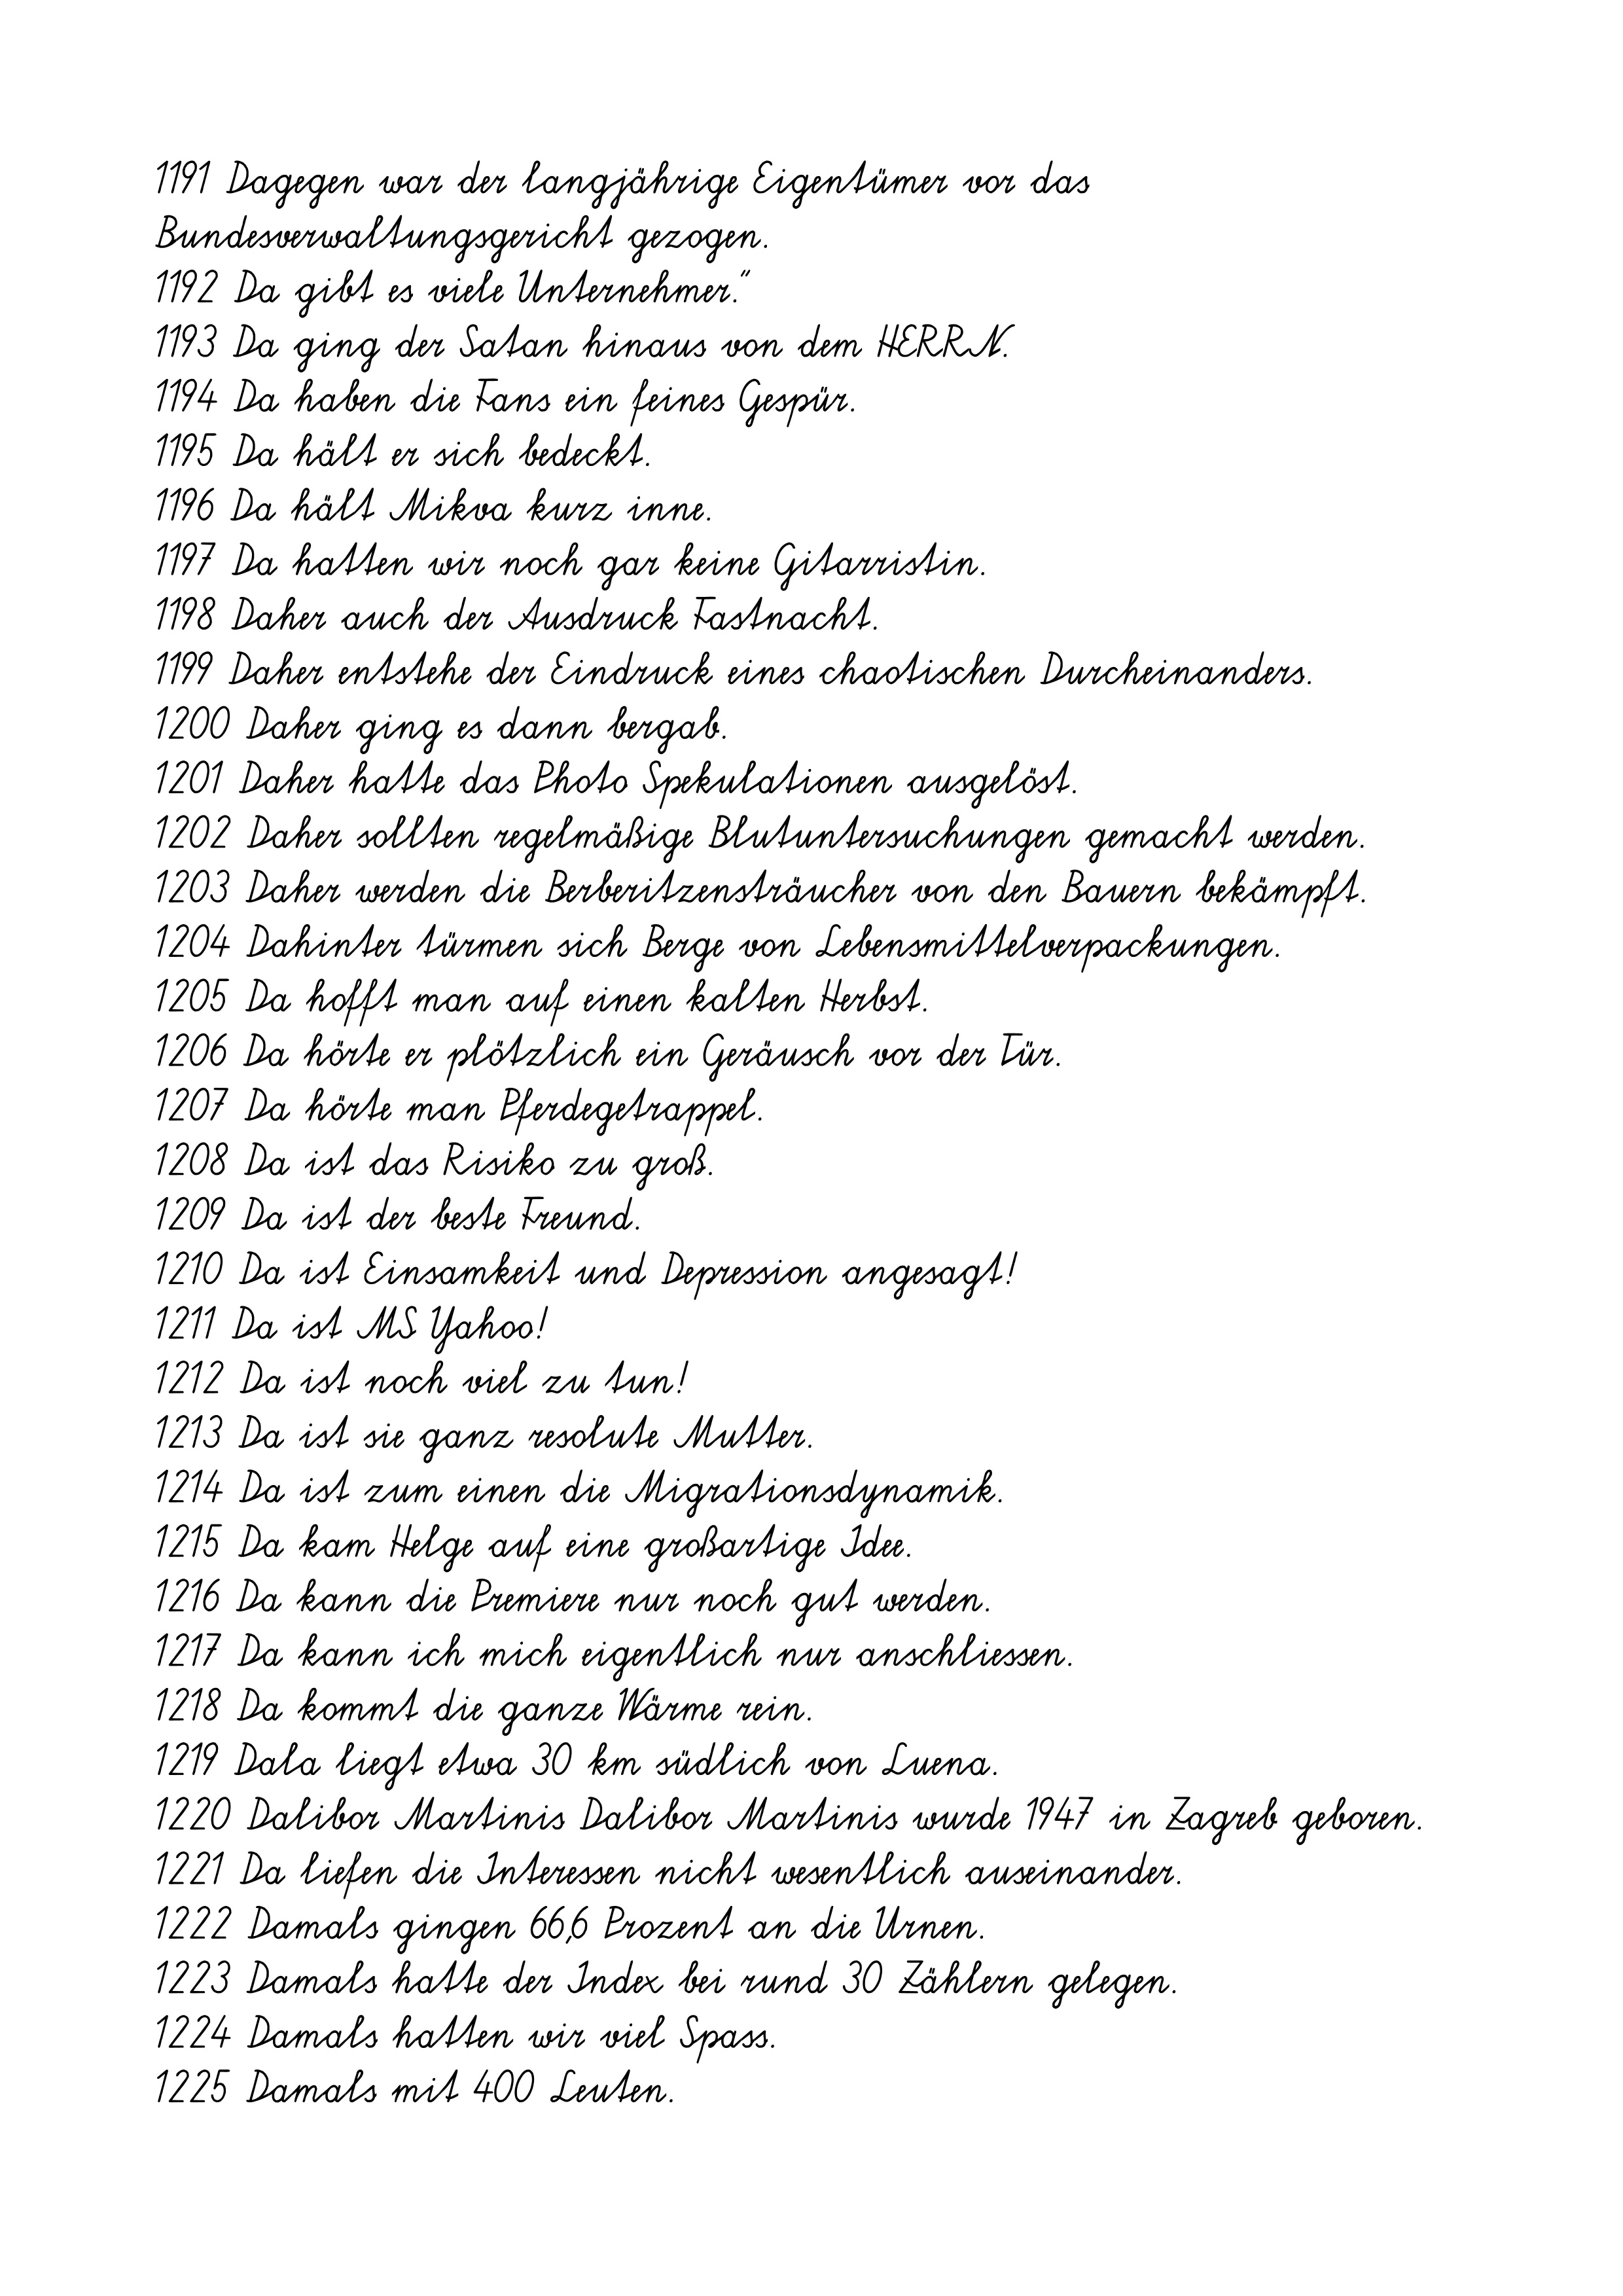
1191 Dagegen war der langjährige Eigentümer vor das
Bundesverwaltungsgericht gezogen.
1192 Da gibt es viele Unternehmer."
1193 Da ging der Satan hinaus von dem HERRN.
1194 Da haben die Fans ein feines Gespür.
1195 Da hält er sich bedeckt.
1196 Da hält Mikva kurz inne.
1197 Da hatten wir noch gar keine Gitarristin.
1198 Daher auch der Ausdruck Fastnacht.
1199 Daher entstehe der Eindruck eines chaotischen Durcheinanders.
1200 Daher ging es dann bergab.
1201 Daher hatte das Photo Spekulationen ausgelöst.
1202 Daher sollten regelmäßige Blutuntersuchungen gemacht werden.
1203 Daher werden die Berberitzensträucher von den Bauern bekämpft.
1204 Dahinter türmen sich Berge von Lebensmittelverpackungen.
1205 Da hofft man auf einen kalten Herbst.
1206 Da hörte er plötzlich ein Geräusch vor der Tür.
1207 Da hörte man Pferdegetrappel.
1208 Da ist das Risiko zu groß.
1209 Da ist der beste Freund.
1210 Da ist Einsamkeit und Depression angesagt!
1211 Da ist MS Yahoo!
1212 Da ist noch viel zu tun!
1213 Da ist sie ganz resolute Mutter.
1214 Da ist zum einen die Migrationsdynamik.
1215 Da kam Helge auf eine großartige Idee.
1216 Da kann die Premiere nur noch gut werden.
1217 Da kann ich mich eigentlich nur anschliessen.
1218 Da kommt die ganze Wärme rein.
1219 Dala liegt etwa 30 km südlich von Luena.
1220 Dalibor Martinis Dalibor Martinis wurde 1947 in Zagreb geboren.
1221 Da liefen die Interessen nicht wesentlich auseinander.
1222 Damals gingen 66,6 Prozent an die Urnen.
1223 Damals hatte der Index bei rund 30 Zählern gelegen.
1224 Damals hatten wir viel Spass.
1225 Damals mit 400 Leuten.